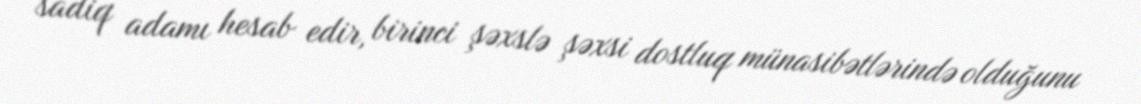
sadiq adamı hesab edir, birinci şəxslə şəxsi dostluq münasibətlərində olduğunu